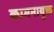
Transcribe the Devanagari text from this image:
कामनायुक्त